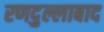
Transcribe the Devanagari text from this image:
रणदुल्लाबाद